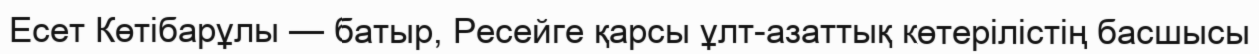
Есет Көтібарұлы — батыр, Ресейге қарсы ұлт-азаттық көтерілістің басшысы